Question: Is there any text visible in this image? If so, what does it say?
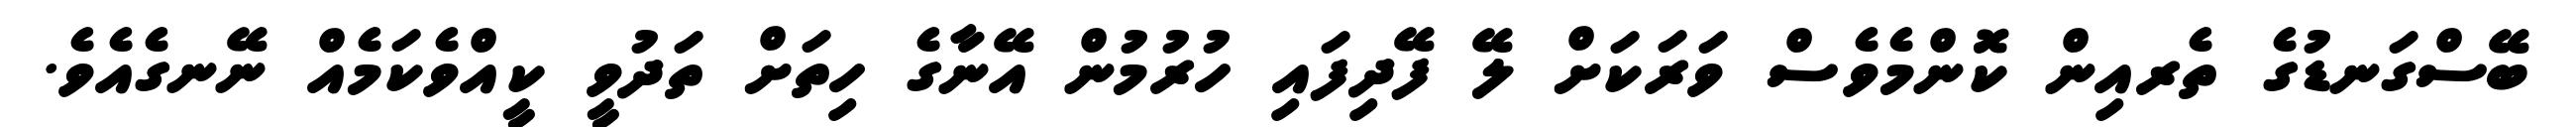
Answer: ބޭސްގަނޑުގެ ތެރއިން ކޮންމެވެސް ވަރަކަށް ލޭ ފޭދިފައި ހުރުމުން އޭނާގެ ހިތަށް ތަދުވީ ކީއްވެކަމެއް ނޭނގެއެވެ.